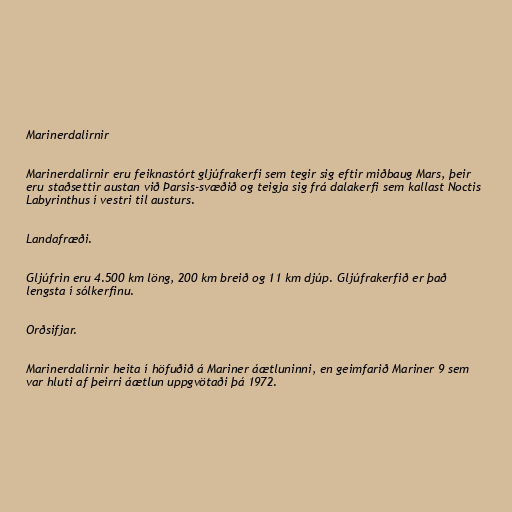
Marinerdalirnir

Marinerdalirnir eru feiknastórt gljúfrakerfi sem tegir sig eftir miðbaug Mars, þeir
eru staðsettir austan við Þarsis-svæðið og teigja sig frá dalakerfi sem kallast Noctis
Labyrinthus í vestri til austurs.

Landafræði.

Gljúfrin eru 4.500 km löng, 200 km breið og 11 km djúp. Gljúfrakerfið er það
lengsta í sólkerfinu.

Orðsifjar.

Marinerdalirnir heita í höfuðið á Mariner áætluninni, en geimfarið Mariner 9 sem
var hluti af þeirri áætlun uppgvötaði þá 1972.